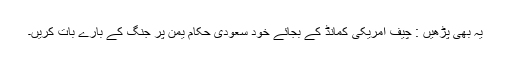
یہ بھی پڑھیں : چیف امریکی کمانڈ کے بجائے خود سعودی حکام یمن پر جنگ کے بارے بات کریں۔